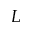
L